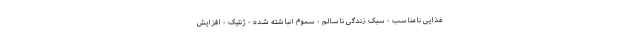
غذایی نامناسب - سبک زندگی ناسالم - سموم انباشته شده - ژنتیک - افزایش